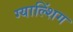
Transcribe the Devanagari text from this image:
ग्याल्शिंग